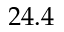
2 4 . 4